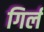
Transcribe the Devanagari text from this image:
गिर्ल